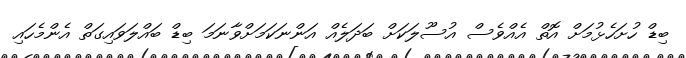
ބިޑް ހުށަހެޅުމަށް އޮތް އެއްވެސް އުސޫލަކަށް ބަދަލެއް އަންނަކަމަށްވާނަމަ ބިޑް ބައްލަވައިގަތް އެންމެހައި